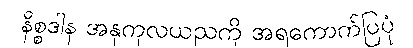
နိစ္စဒါန အနုကုလယညကို အရကောက်ပြပုံ